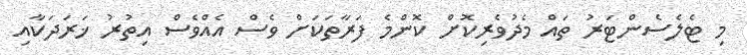
މި ޓެލެސެންޓަރު ތައް މެދުވެރިކޮށް ކޮންމެ ފަރާތަކަށް ވެސް އެއްވެސް އިތުރު ޚަރަދަކާއި